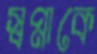
স্বপ্নাকে